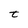
Character: t